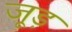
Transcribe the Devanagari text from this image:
जूड़